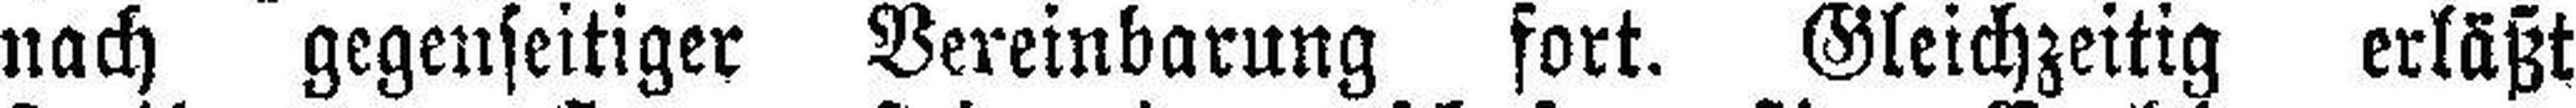
nach gegenseitiger Vereinbarung fort. Gleichzeitig erläßt